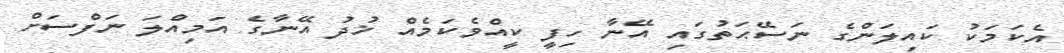
އެކަމަކު ކައިލަންގެ ނަސޭޙަތުގައި އޭނާ ހިފީ ކީއްވެކަމެއް ޚުދު އޭނާގެ އަމިއްލަ ނަފްސަށް